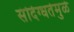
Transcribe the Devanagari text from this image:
संदिग्धतेमुळे